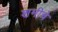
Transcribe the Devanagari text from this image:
शमीचे